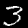
Label: 3